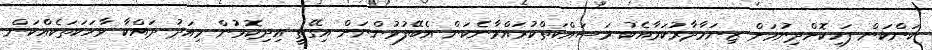
ކަންކަން ފަހިކޮށްދިނުމަށް ޒިނަމާދާރުކަމާއެކު މަސައްކަތްކުރައްވާނެކަން އެބޭފުޅުންނަށް އިގޭތީ އިދިކޮޅުން މިއަދު ދައްކާ ވާހަކަތަކެއްކަން